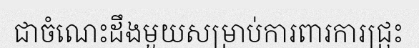
ជាចំណេះដឹងមួយសម្រាប់ការពារការជ្រុះ